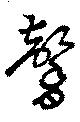
馨